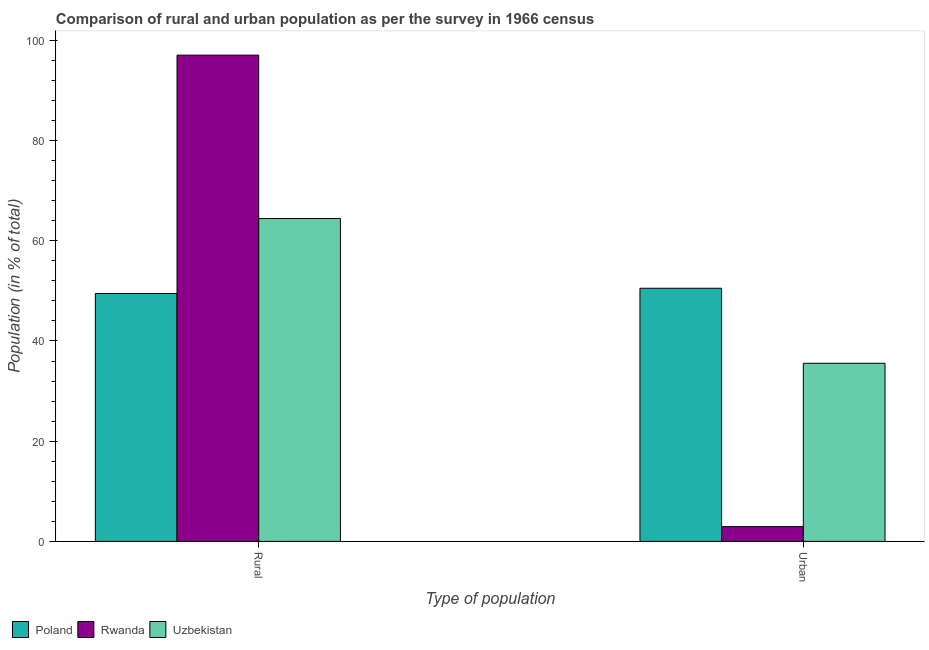
| Type of population | Poland | Rwanda | Uzbekistan |
 | --- | --- | --- | --- |
 | Rural | 49.5 | 97.1 | 64.4 |
 | Urban | 50.5 | 2.94 | 35.6 |